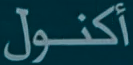
أكنول